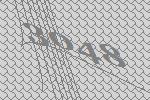
3048